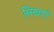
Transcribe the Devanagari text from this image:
सिखाएँ